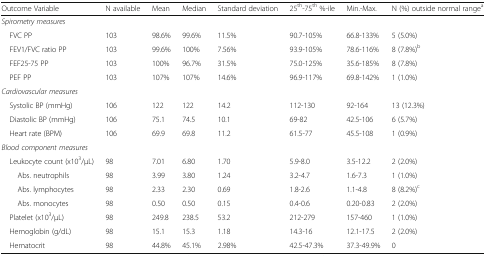
<table><thead><tr><td><b>Outcome Variable</b></td><td><b>N available</b></td><td><b>Mean</b></td><td><b>Median</b></td><td><b>Standard deviation</b></td><td><b>25<sup>th</sup>-75<sup>th</sup> %-ile</b></td><td><b>Min.-Max.</b></td><td><b>N (%) outside normal range<sup>a</sup></b></td></tr></thead><tbody><tr><td colspan="8"><i>Spirometry measures</i></td></tr><tr><td> FVC PP</td><td>103</td><td>98.6%</td><td>99.6%</td><td>11.5%</td><td>90.7-105%</td><td>66.8-133%</td><td>5 (5.0%)</td></tr><tr><td> FEV1/FVC ratio PP</td><td>103</td><td>99.6%</td><td>100%</td><td>7.56%</td><td>93.9-105%</td><td>78.6-116%</td><td>8 (7.8%)<sup>b</sup></td></tr><tr><td> FEF25-75 PP</td><td>103</td><td>100%</td><td>96.7%</td><td>31.5%</td><td>75.0-125%</td><td>35.6-185%</td><td>8 (7.8%)</td></tr><tr><td> PEF PP</td><td>103</td><td>107%</td><td>107%</td><td>14.6%</td><td>96.9-117%</td><td>69.8-142%</td><td>1 (1.0%)</td></tr><tr><td colspan="8"><i>Cardiovascular measures</i></td></tr><tr><td> Systolic BP (mmHg)</td><td>106</td><td>122</td><td>122</td><td>14.2</td><td>112-130</td><td>92-164</td><td>13 (12.3%)</td></tr><tr><td> Diastolic BP (mmHg)</td><td>106</td><td>75.1</td><td>74.5</td><td>10.1</td><td>69-82</td><td>42.5-106</td><td>6 (5.7%)</td></tr><tr><td> Heart rate (BPM)</td><td>106</td><td>69.9</td><td>69.8</td><td>11.2</td><td>61.5-77</td><td>45.5-108</td><td>1 (0.9%)</td></tr><tr><td colspan="8"><i>Blood component measures</i></td></tr><tr><td> Leukocyte count (x10<sup>3</sup>/μL)</td><td>98</td><td>7.01</td><td>6.80</td><td>1.70</td><td>5.9-8.0</td><td>3.5-12.2</td><td>2 (2.0%)</td></tr><tr><td>Abs. neutrophils</td><td>98</td><td>3.99</td><td>3.80</td><td>1.24</td><td>3.2-4.7</td><td>1.6-7.3</td><td>1 (1.0%)</td></tr><tr><td>Abs. lymphocytes</td><td>98</td><td>2.33</td><td>2.30</td><td>0.69</td><td>1.8-2.6</td><td>1.1-4.8</td><td>8 (8.2%)<sup>c</sup></td></tr><tr><td>Abs. monocytes</td><td>98</td><td>0.50</td><td>0.50</td><td>0.15</td><td>0.4-0.6</td><td>0.20-0.83</td><td>2 (2.0%)</td></tr><tr><td> Platelet (x10<sup>3</sup>/μL)</td><td>98</td><td>249.8</td><td>238.5</td><td>53.2</td><td>212-279</td><td>157-460</td><td>1 (1.0%)</td></tr><tr><td> Hemoglobin (g/dL)</td><td>98</td><td>15.1</td><td>15.3</td><td>1.18</td><td>14.3-16</td><td>12.1-17.5</td><td>2 (2.0%)</td></tr><tr><td> Hematocrit</td><td>98</td><td>44.8%</td><td>45.1%</td><td>2.98%</td><td>42.5-47.3%</td><td>37.3-49.9%</td><td>0</td></tr></tbody></table>